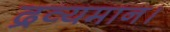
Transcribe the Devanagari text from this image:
द्रव्यमान।